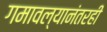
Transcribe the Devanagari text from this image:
गमावल्यानंतरही